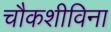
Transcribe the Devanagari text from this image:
चौकशीविना